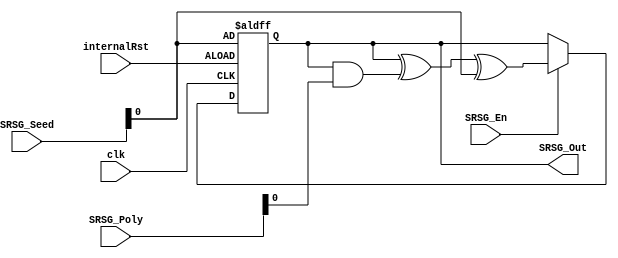
module SRSG #(
    parameter SRSG_Size = 32
) (
    input  wire clk,
    input  wire internalRst,
    input  wire SRSG_En,
    input  wire [SRSG_Size-1:0] SRSG_Poly,
    input  wire [SRSG_Size-1:0] SRSG_Seed,
    output reg SRSG_Out
);
    reg lfsr;
    always @(posedge clk or posedge internalRst) begin
        if (internalRst)
            SRSG_Out <= SRSG_Seed[0];
        else if (SRSG_En)
            SRSG_Out <= SRSG_Out ^ (SRSG_Out & SRSG_Poly[0]) ^ SRSG_Seed[0];
    end


endmodule